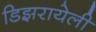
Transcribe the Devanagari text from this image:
डिझरायेली